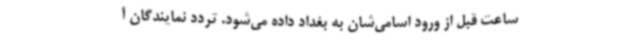
ساعت قبل از ورود اسامی‌شان به بغداد داده می‌شود. تردد نمایندگان آ